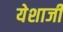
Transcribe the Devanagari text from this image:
येशाजी